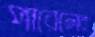
পারেলের